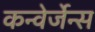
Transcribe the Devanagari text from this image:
कन्वेर्जेन्स